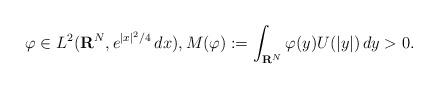
LaTeX: \begin{align*}\varphi\in L^2({\bf R}^N,e^{|x|^2/4}\,dx),M(\varphi):=\int_{{\bf R}^N}\varphi(y)U(|y|)\,dy>0. \end{align*}